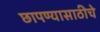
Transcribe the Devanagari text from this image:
छापण्यासाठीचे